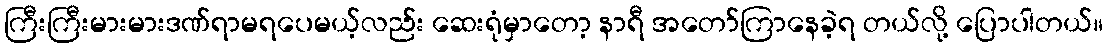
ကြီးကြီးမားမားဒဏ်ရာမရပေမယ့်လည်း ဆေးရုံမှာတော့ နာရီ အတော်ကြာနေခဲ့ရ တယ်လို့ ပြောပါတယ်။